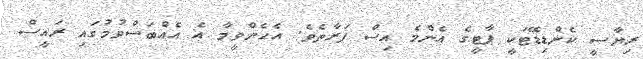
ރިޔާސީ ކެންޑިޑޭޓަކީ ޕާޓީގެ އެންމެ އިސް ފަރާތެވެ. އެހެންވީމާ އެ އެއްބަސްވުމުގައި ރައީސް